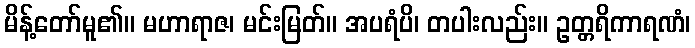
မိန့်တော်မူ၏။ မဟာရာဇ၊ မင်းမြတ်။ အပရံပိ၊ တပါးလည်း။ ဥတ္တရိကာရဏံ၊